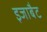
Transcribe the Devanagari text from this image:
इजाबैट